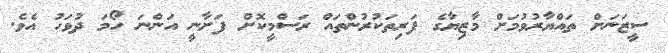
ސީޒަނަށް ތައްޔާރުވުމަށް މާޒިޔާގެ ފަރިތަކުރުންތައް ރަސްމީކޮށް ފަށާނީ އަންނަ ހޯމަ ދުވަހު އެވެ.